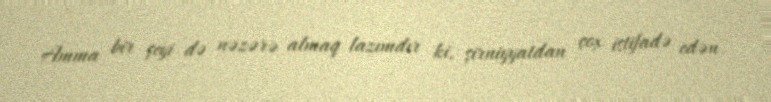
Amma bir şeyi də nəzərə almaq lazımdır ki, şirniyyatdan çox istifadə edən